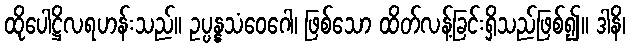
ထိုပေါဋ္ဌိလရဟန်းသည်။ ဥပ္ပန္နသံဝေဂေါ၊ ဖြစ်သော ထိတ်လန့်ခြင်းရှိသည်ဖြစ်၍။ ဒါနိ၊